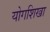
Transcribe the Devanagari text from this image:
योगशिखा